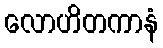
လောဟိတကာနံ